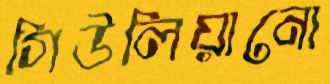
গিউলিয়ানো